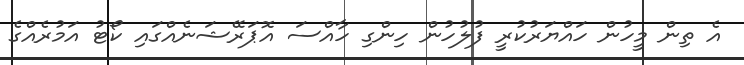
އެ ތިން މީހުން ހައްޔަރުކުރީ ފުލުހުން ހިންގި ހާއްސަ އޮޕަރޭޝަނެއްގައި ކޯޓު އަމުރެއްގެ